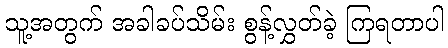
သူ့အတွက် အခါခပ်သိမ်း စွန့်လွှတ်ခဲ့ ကြရတာပါ